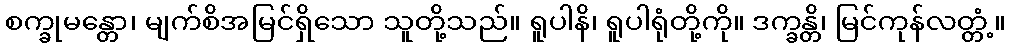
စက္ခုမန္တော၊ မျက်စိအမြင်ရှိသော သူတို့သည်။ ရူပါနိ၊ ရူပါရုံတို့ကို။ ဒက္ခန္တိ၊ မြင်ကုန်လတ္တံ့။